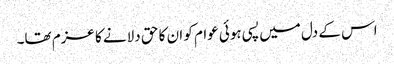
اس کے دل میں پسی ہوئی عوام کو ان کا حق دلانے کا عزم تھا۔